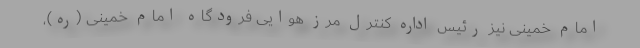
امام خمینی نیز رئیس اداره کنترل مرز هوایی فرودگاه امام خمینی (ره)،